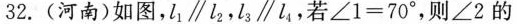
32. (河南)如图，l_{1} \parallel l_{2}，l_{3} \parallel l_{4}，若$$∠1=70°$$，则∠2的